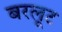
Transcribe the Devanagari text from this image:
बरलूट